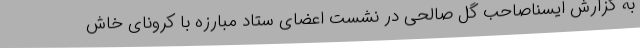
به گزارش ایسناصاحب گل صالحی در نشست اعضای ستاد مبارزه با کرونای خاش